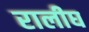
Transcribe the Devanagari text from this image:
रालीघ